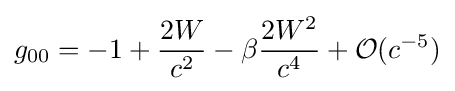
g_{00}=-1+{\frac {2W}{c^{2}}}-\beta {\frac {2W^{2}}{c^{4}}}+{\mathcal {O}}(c^{-5})